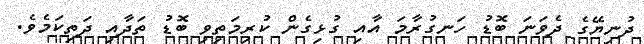
ދުނިޔޭގެ ދެވަނަ ބޮޑު ހަނގުރާމަ އާއި ގުޅިގެން ކުރިމަތިވި ބޮޑު ތަދާއި ދަތިކަމެވެ.